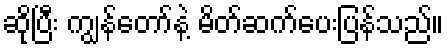
ဆိုပြီး ကျွန်တော်နဲ့ မိတ်ဆက်ပေးပြန်သည်။